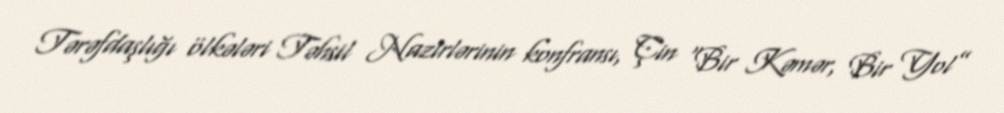
Tərəfdaşlığı ölkələri Təhsil Nazirlərinin konfransı, Çin “Bir Kəmər, Bir Yol”